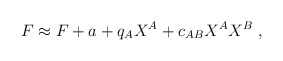
\begin{align*} F\approx F +a+ q_A X^A + c_{AB}X^A X^B \ ,\end{align*}